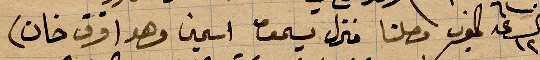
الساعة ١٢ المغرب وصلنا منزل يسحق اسمين وهو (قرق خان)